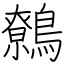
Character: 鷯